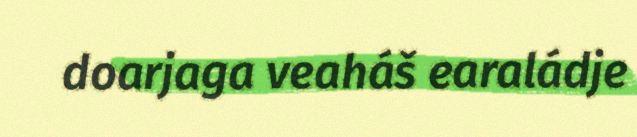
doarjaga veaháš earaládje